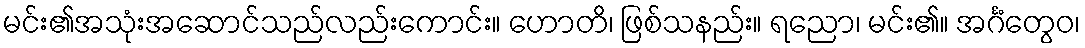
မင်း၏အသုံးအဆောင်သည်လည်းကောင်း။ ဟောတိ၊ ဖြစ်သနည်း။ ရညော၊ မင်း၏။ အင်္ဂံတွေဝ၊